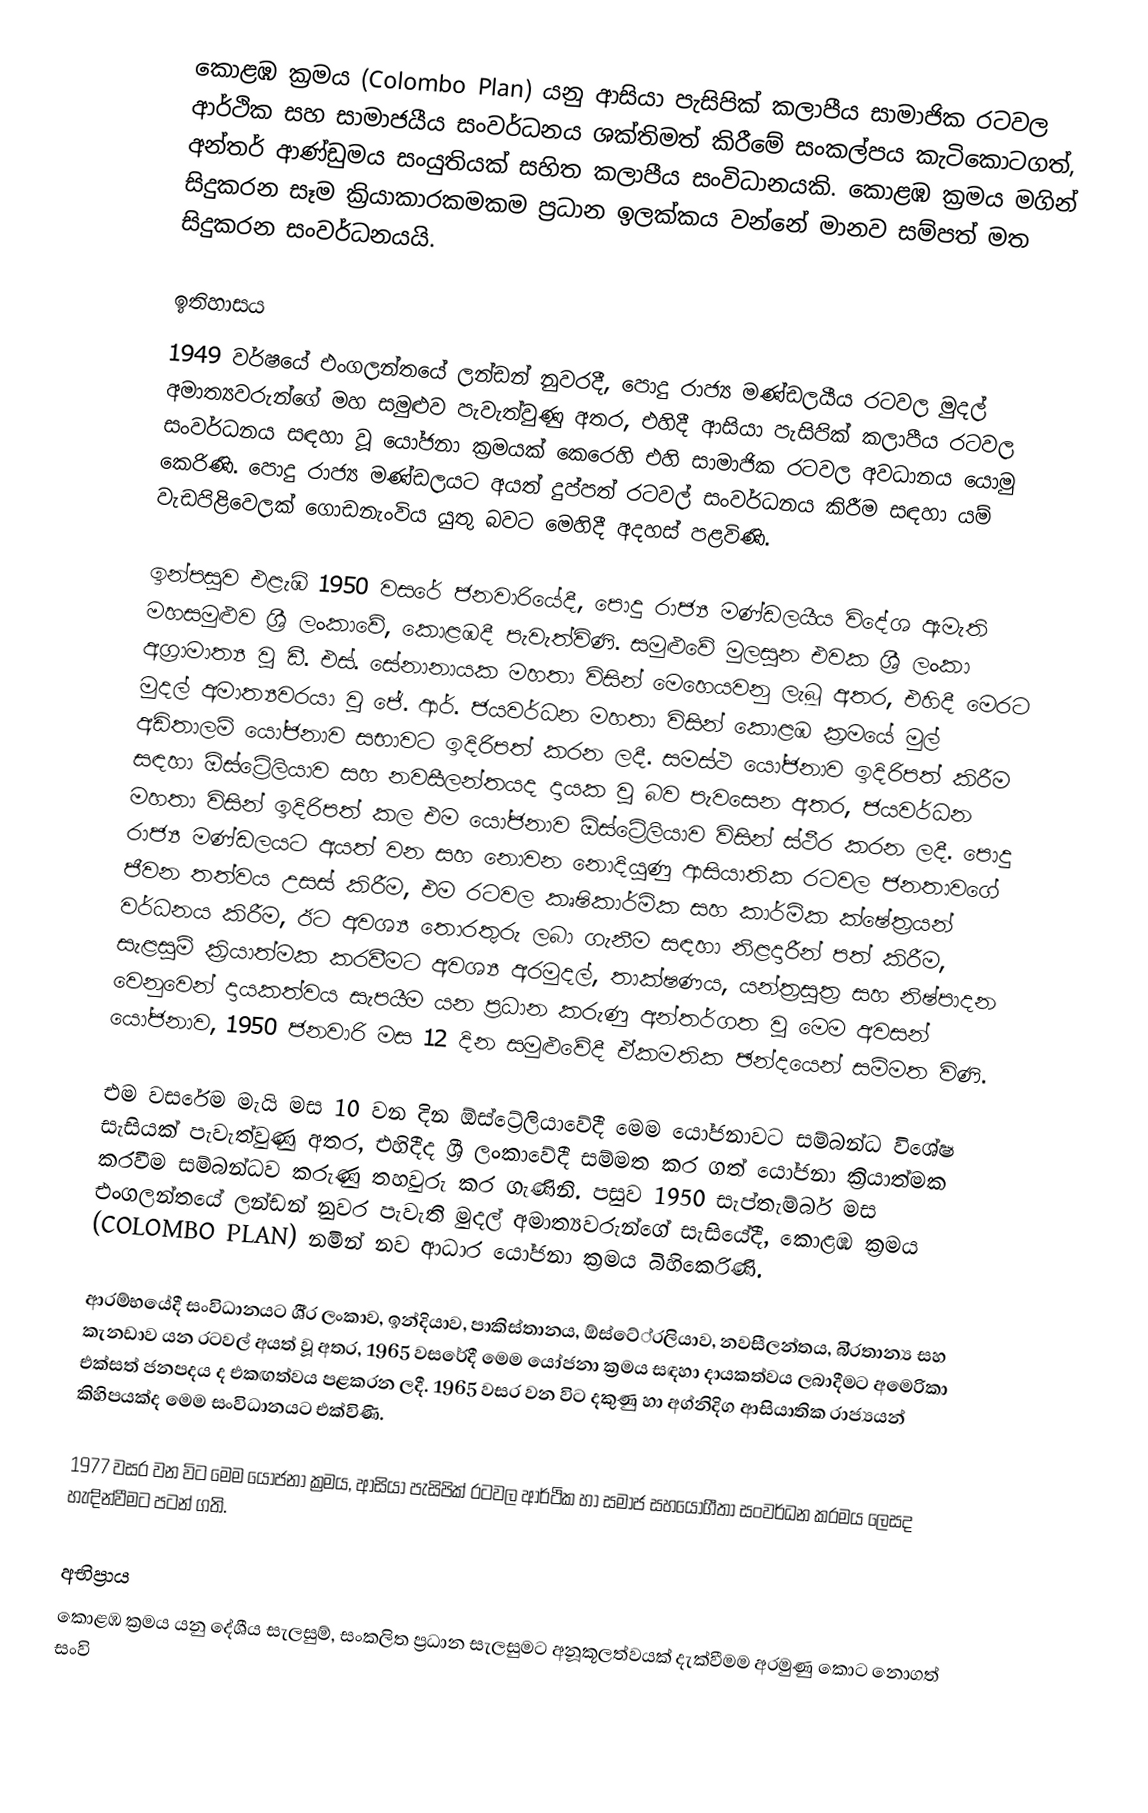
කොළඹ ක‍්‍රමය (Colombo Plan) යනු ආසියා පැසිපික් කලාපීය සාමාජික රටවල ආර්ථික සහ සාමාජයීය සංවර්ධනය ශක්තිමත් කිරීමේ සංකල්පය කැටිකොටගත්, අන්තර් ආණ්ඩුමය සංයුතියක් සහිත කලාපීය සංවිධානයකි. කොළඹ ක්‍රමය මගින් සිදුකරන සෑම ක්‍රියාකාරකමකම ප්‍රධාන ඉලක්කය වන්නේ මානව සම්පත් මත සිදුකරන සංවර්ධනයයි.

ඉතිහාසය
1949 වර්ෂයේ එංගලන්තයේ ලන්ඩන් නුවරදී, පොදු රාජ්‍ය මණ්ඩලයීය රටවල මුදල් අමාත්‍යවරුන්ගේ මහ සමුළුව පැවැත්වුණු අතර, එහිදී ආසියා පැසිපික් කලාපීය රටවල සංවර්ධනය සඳහා වූ යෝජනා ක්‍රමයක් කෙරෙහි එහි සාමාජික රටවල අවධානය යොමු කෙරිණි. පොදු රාජ්‍ය මණ්ඩලයට අයත් දුප්පත් රටවල් සංවර්ධනය කිරීම සඳහා යම් වැඩපිළිවෙලක් ගොඩනැංවිය යුතු බවට මෙහිදී අදහස් පළවිණි.

ඉන්පසුව එළැඹි 1950 වසරේ ජනවාරියේදී, පොදු රාජ්‍ය මණ්‌ඩලයීය විදේශ ඇමැති මහසමුළුව ශ්‍රී ලංකාවේ, කොළඹදී පැවැත්විණි. සමුළුවේ මුලසුන එවක ශ්‍රී ලංකා අග්‍රාමාත්‍ය වූ ඩී. එස්. සේනානායක මහතා විසින් මෙහෙයවනු ලැබූ අතර, එහිදී මෙරට මුදල් අමාත්‍යවරයා වූ ජේ. ආර්. ජයවර්ධන මහතා විසින් කොළඹ ක්‍රමයේ මුල් අඩිතාලම් යෝජනාව සභාවට ඉදිරිපත් කරන ලදී. සමස්ථ යෝජනාව ඉදිරිපත් කිරීම සඳහා ඕස්ට්‍රේලියාව සහ නවසීලන්තයද දායක වූ බව පැවසෙන අතර, ජයවර්ධන මහතා විසින් ඉදිරිපත් කල එම යෝජනාව ඕස්ට්‍රේලියාව විසින් ස්ථීර කරන ලදී. පොදු රාජ්‍ය මණ්ඩලයට අයත් වන සහ නොවන නොදියුණු ආසියාතික රටවල ජනතාවගේ ජීවන තත්වය උසස් කිරීම, එම රටවල කෘෂිකාර්මික සහ කාර්මික ක්ෂේත්‍රයන් වර්ධනය කිරීම, ඊට අවශ්‍ය තොරතුරු ලබා ගැනීම සඳහා නිළදාරීන් පත් කිරීම, සැළසුම් ක්‍රියාත්මක කරවීමට අවශ්‍ය අරමුදල්, තාක්ෂණය, යන්ත්‍රසූත්‍ර සහ නිෂ්පාදන වෙනුවෙන් දායකත්වය සැපයීම යන ප්‍රධාන කරුණු අන්තර්ගත වූ මෙම අවසන් යෝජනාව, 1950 ජනවාරි මස 12 දින සමුළුවේදී ඒකමතික ඡන්දයෙන් සම්මත විණි.

එම වසරේම මැයි මස 10 වන දින ඕස්ට්‍රේලියාවේදී මෙම යෝජනාවට සම්බන්ධ විශේෂ සැසියක් පැවැත්වුණු අතර, එහිදීද ශ්‍රී ලංකාවේදී සම්මත කර ගත් යෝජනා ක්‍රියාත්මක කරවීම සම්බන්ධව කරුණු තහවුරු කර ගැණිනි. පසුව 1950 සැප්තැම්බර් මස එංගලන්තයේ ලන්ඩන් නුවර පැවැති මුදල් අමාත්‍යවරුන්ගේ සැසියේදී, කොළඹ ක්‍රමය (COLOMBO PLAN) නමින් නව ආධාර යෝජනා ක්‍රමය බිහිකෙරිණි.

ආරම්භයේදී සංවිධානයට ශී‍්‍ර ලංකාව, ඉන්දියාව, පාකිස්තානය, ඕස්ටේ‍්‍රලියාව, නවසීලන්තය, බි‍්‍රතාන්‍ය සහ කැනඩාව යන රටවල් අයත් වූ අතර, 1965 වසරේදී මෙම යෝජනා ක්‍රමය සඳහා දායකත්වය ලබාදීමට අමෙරිකා එක්සත් ජනපදය ද එකඟත්වය පළකරන ලදී. 1965 වසර වන විට දකුණු හා අග්නිදිග ආසියාතික රාජ්‍යයන් කිහිපයක්ද මෙම සංවිධානයට එක්විණි.

1977 වසර වන විට මෙම යෝජනා ක්‍රමය, ආසියා පැසිපික් රටවල ආර්ථික හා සමාජ සහයෝගීතා සංවර්ධන ක‍්‍රමය ලෙසද හැඳින්වීමට පටන් ගති.

අභිප්‍රාය
කොළඹ ක්‍රමය යනු දේශීය සැලසුම්, සංකලිත ප්‍රධාන සැලසුමට අනූකූලත්වයක් දැක්වීමම අරමුණු කොට නොගත් සංවි